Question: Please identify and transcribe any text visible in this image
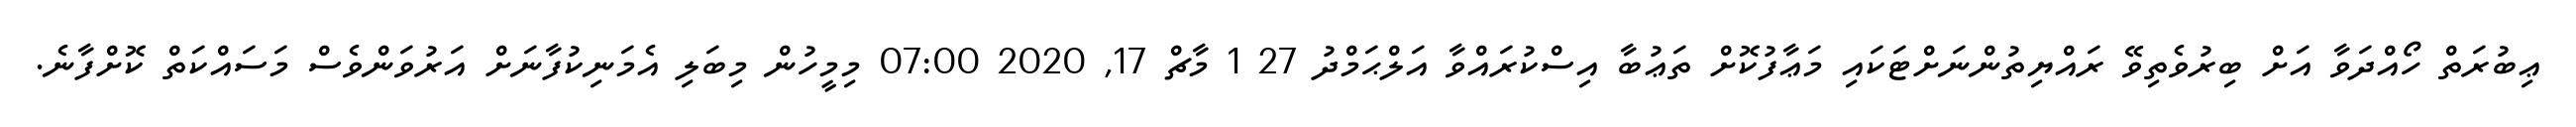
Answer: ޢިބުރަތް ހޯއްދަވާ އަށް ބިރުވެތިވޭ ރައްޔިތުންނަށްޓަކައި މަޢާފުކޮށް ތަޢުބާ އިސްކުރައްވާ އަލްޙަމްދު 27 1 މާޗް 17, 2020 07:00 މިމީހުން މިބަލި އެމަނިކުފާނަށް އަރުވަންވެސް މަސައްކަތް ކޮށްފާނެ.